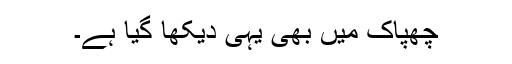
چھپاک میں بھی یہی دیکھا گیا ہے۔